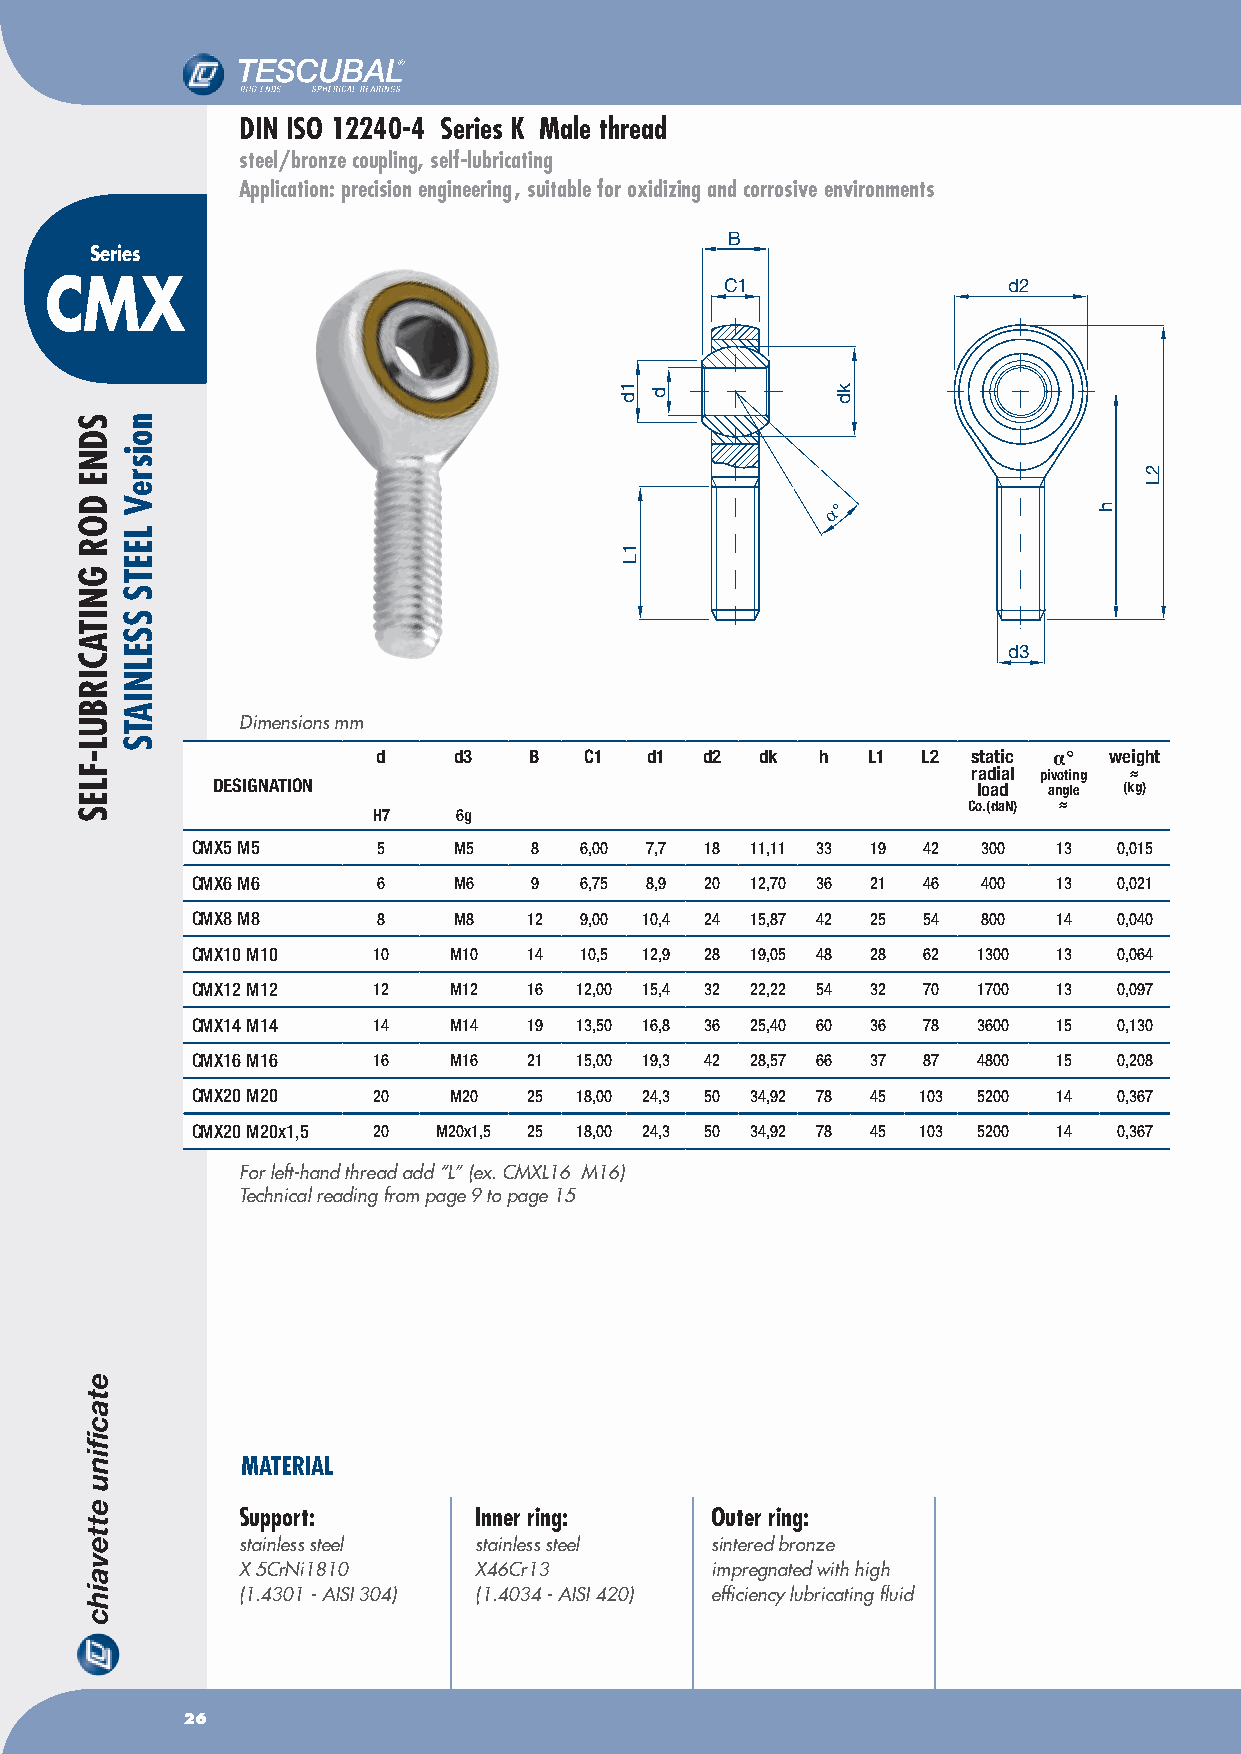
DIN ISO 12240-4 Series K Male thread
 steel/bronze coupling, self-lubricating
 Application: precision engineering , suitable for oxidizing and corrosive environments
 B
 Series
 CMX                                          C1                 d2
 α°
 d3
 Dimensions mm
 d    d3   B   C1  d1  d2 dk  h  L1  L2 static α° weight
 radial pivoting ≈
 DESIGNATION                                        load angle (kg)
 Co.(daN) ≈
 H7   6g
 CMX5 M5     5    M5   8  6,00 7,7 18 11,11 33 19 42 300  13  0,015
 CMX6 M6     6    M6   9  6,75 8,9 20 12,70 36 21 46 400  13  0,021
 CMX8 M8     8    M8   12 9,00 10,4 24 15,87 42 25 54 800 14  0,040
 CMX10 M10   10   M10  14 10,5 12,9 28 19,05 48 28 62 1300 13 0,064
 CMX12 M12   12   M12  16 12,00 15,4 32 22,22 54 32 70 1700 13 0,097
 CMX14 M14   14   M14  19 13,50 16,8 36 25,40 60 36 78 3600 15 0,130
 CMX16 M16   16   M16  21 15,00 19,3 42 28,57 66 37 87 4800 15 0,208
 CMX20 M20   20   M20  25 18,00 24,3 50 34,92 78 45 103 5200 14 0,367
 CMX20 M20x1,5 20 M20x1,5 25 18,00 24,3 50 34,92 78 45 103 5200 14 0,367
 For left-hand thread add “L” (ex. CMXL16 M16)
 Technical reading from page 9 to page 15
 MATERIAL
 Support:       Inner ring:     Outer ring:
 stainless steel stainless steel sintered bronze
 X 5CrNi1810    X46Cr13         impregnated with high
 (1.4301 - AISI 304) (1.4034 - AISI 420) efficiency lubricating fluid
 26
 SDNE
 DOR
 GNITACIRBUL-FLES
 noisreV
 LEETS
 SSELNIATS
 1d
 1L
 d           kd
 h
 2L